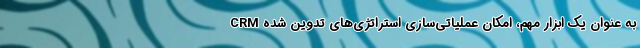
CRM به عنوان یک ابزار مهم، امکان عملیاتی‌سازی استراتژی‌های تدوین شده